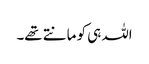
اللہ ہی کو مانتے تھے۔